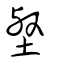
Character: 壑